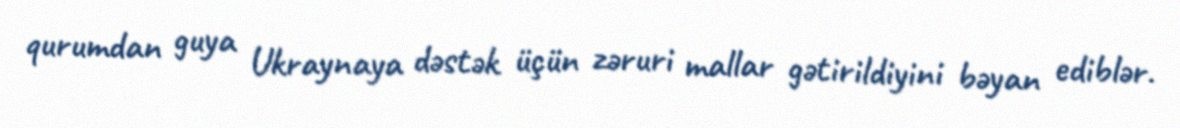
qurumdan guya Ukraynaya dəstək üçün zəruri mallar gətirildiyini bəyan ediblər.